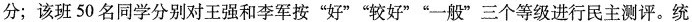
分；该班50名同学分别对王强和李军按”好””较好””一般”三个等级进行民主测评。统